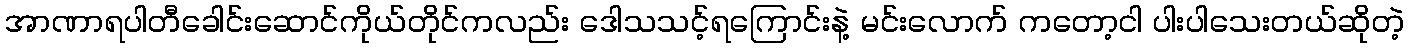
အာဏာရပါတီခေါင်းဆောင်ကိုယ်တိုင်ကလည်း ဒေါသသင့်ရကြောင်းနဲ့ မင်းလောက် ကတော့ငါ ပါးပါသေးတယ်ဆိုတဲ့